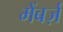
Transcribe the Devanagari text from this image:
मेंबर्ज़